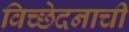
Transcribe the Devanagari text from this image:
विच्छेदनाची